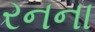
રનના